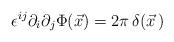
LaTeX: \begin{align*}\epsilon^{ij} \partial_{i}\partial_{j}\Phi(\vec{x}) = 2\pi \, \delta(\vec{x}\, )\end{align*}